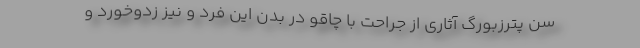
سن پترزبورگ آثاری از جراحت با چاقو در بدن این فرد و نیز زدوخورد و